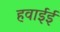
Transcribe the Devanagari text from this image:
हवाईई